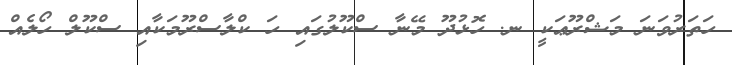
ހަތަރުވަނަ މަޝްރޫޢަކީ ނ. ހޮޅުދޫ މޭނާ ސްކޫލުގައި ހަ ކްލާސްރޫމަކާއި ސްކޫލް ހޯލެއް